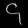
Digit: ၄